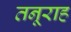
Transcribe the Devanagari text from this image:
तनूराह